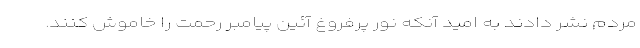
مردم نشر دادند به امید آنکه نور پرفروغ آئین پیامبر رحمت را خاموش کنند.